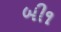
બી૧